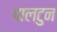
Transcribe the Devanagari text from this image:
पालटुन